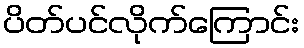
ပိတ်ပင်လိုက်ကြောင်း